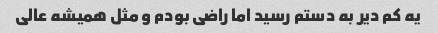
یه کم دیر به دستم رسید اما راضی بودم و مثل همیشه عالی